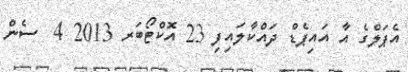
އެޕަލްގެ އާ އައިޕެޑް ދައްކާލައިފި 23 އޮކްޓޯބަރ 2013 4  ސެން